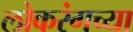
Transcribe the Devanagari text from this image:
लोकरंगच्या